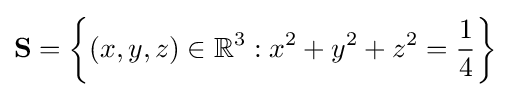
\mathbf {S} =\left\{(x,y,z)\in \mathbb {R} ^{3}:x^{2}+y^{2}+z^{2}={\frac {1}{4}}\right\}